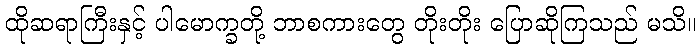
ထိုဆရာကြီးနှင့် ပါမောက္ခတို့ ဘာစကားတွေ တိုးတိုး ပြောဆိုကြသည် မသိ။